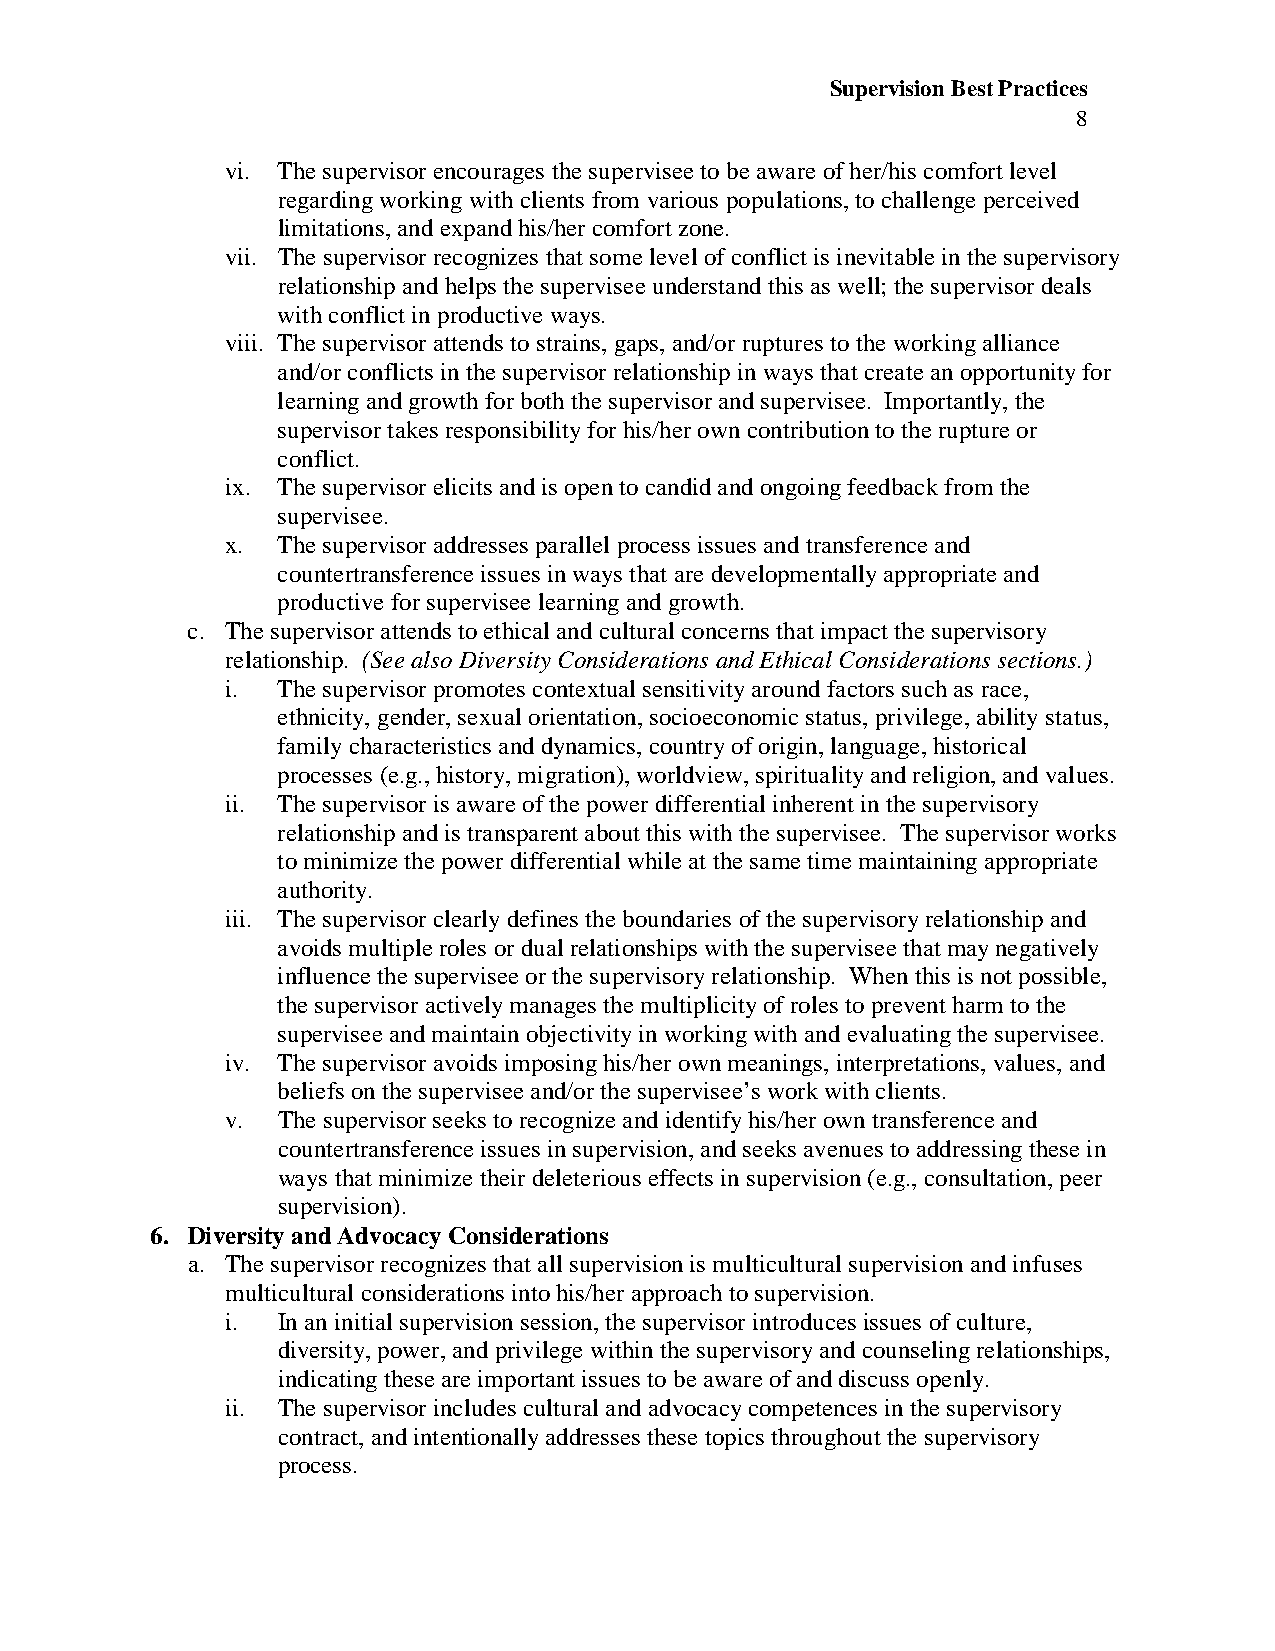
Supervision Best Practices
 8
 vi. The supervisor encourages the supervisee to be aware of her/his comfort level
 regarding working with clients from various populations, to challenge perceived
 limitations, and expand his/her comfort zone.
 vii. The supervisor recognizes that some level of conflict is inevitable in the supervisory
 relationship and helps the supervisee understand this as well; the supervisor deals
 with conflict in productive ways.
 viii. The supervisor attends to strains, gaps, and/or ruptures to the working alliance
 and/or conflicts in the supervisor relationship in ways that create an opportunity for
 learning and growth for both the supervisor and supervisee. Importantly, the
 supervisor takes responsibility for his/her own contribution to the rupture or
 conflict.
 ix. The supervisor elicits and is open to candid and ongoing feedback from the
 supervisee.
 x. The supervisor addresses parallel process issues and transference and
 countertransference issues in ways that are developmentally appropriate and
 productive for supervisee learning and growth.
 c. The supervisor attends to ethical and cultural concerns that impact the supervisory
 relationship. (See also Diversity Considerations and Ethical Considerations sections.)
 i. The supervisor promotes contextual sensitivity around factors such as race,
 ethnicity, gender, sexual orientation, socioeconomic status, privilege, ability status,
 family characteristics and dynamics, country of origin, language, historical
 processes (e.g., history, migration), worldview, spirituality and religion, and values.
 ii. The supervisor is aware of the power differential inherent in the supervisory
 relationship and is transparent about this with the supervisee. The supervisor works
 to minimize the power differential while at the same time maintaining appropriate
 authority.
 iii. The supervisor clearly defines the boundaries of the supervisory relationship and
 avoids multiple roles or dual relationships with the supervisee that may negatively
 influence the supervisee or the supervisory relationship. When this is not possible,
 the supervisor actively manages the multiplicity of roles to prevent harm to the
 supervisee and maintain objectivity in working with and evaluating the supervisee.
 iv. The supervisor avoids imposing his/her own meanings, interpretations, values, and
 beliefs on the supervisee and/or the supervisee’s work with clients.
 v. The supervisor seeks to recognize and identify his/her own transference and
 countertransference issues in supervision, and seeks avenues to addressing these in
 ways that minimize their deleterious effects in supervision (e.g., consultation, peer
 supervision).
 6. Diversity and Advocacy Considerations
 a. The supervisor recognizes that all supervision is multicultural supervision and infuses
 multicultural considerations into his/her approach to supervision.
 i. In an initial supervision session, the supervisor introduces issues of culture,
 diversity, power, and privilege within the supervisory and counseling relationships,
 indicating these are important issues to be aware of and discuss openly.
 ii. The supervisor includes cultural and advocacy competences in the supervisory
 contract, and intentionally addresses these topics throughout the supervisory
 process.